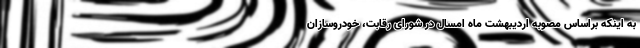
به اینکه براساس مصوبه اردیبهشت ماه امسال در شورای رقابت، خودروسازان